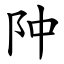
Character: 䦿